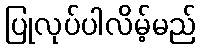
ပြုလုပ်ပါလိမ့်မည်